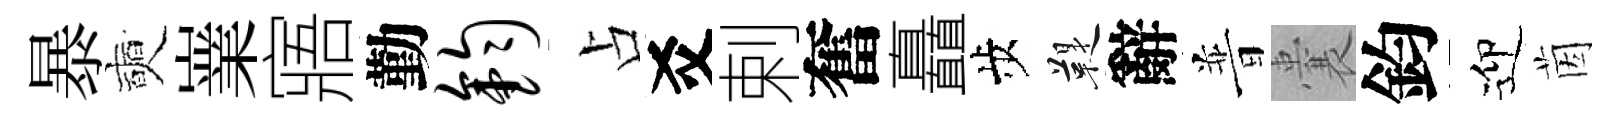
暴奭嶪寤勤钧占爻剌奮矗歩鞮辭普囊鈞迎茵